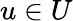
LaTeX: u\in U